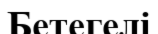
Бетегелі